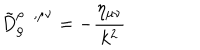
LaTeX: \tilde { D } _ { \rho } ^ { \rho \; \; , \mu \nu } = - \frac { \eta _ { \mu \nu } } { k ^ { 2 } }